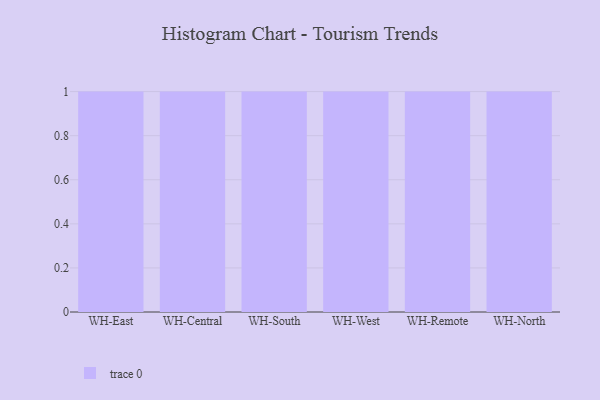
{"axis": {"x": "Warehouse", "y": "Humidity (%)"}, "legend": [""], "data": [{"x": "WH-East", "y": 10, "type": ""}, {"x": "WH-Central", "y": 89, "type": ""}, {"x": "WH-South", "y": 85, "type": ""}, {"x": "WH-West", "y": 98, "type": ""}, {"x": "WH-Remote", "y": 48, "type": ""}, {"x": "WH-North", "y": 61, "type": ""}]}